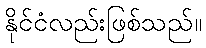
နိုင်ငံလည်းဖြစ်သည်။